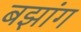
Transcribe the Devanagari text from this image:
बझांग